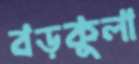
বড়কুলা